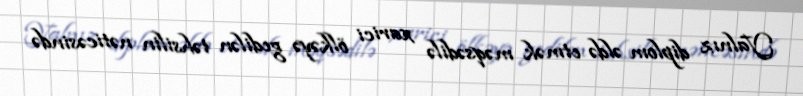
Yalnız diplom əldə etmək məqsədilə xarici ölkəyə gedilən təhsilin nəticəsində